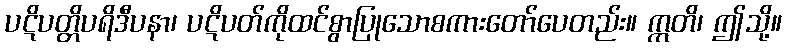
ပဋိပတ္တိပရိဒီပနာ၊ ပဋိပတ်ကိုထင်စွာပြုသောစကားတော်ပေတည်း။ ဣတိ၊ ဤသို့။